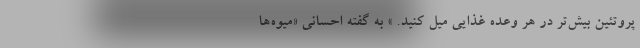
پروتئین بیش‌تر در هر وعده غذایی میل کنید. » به گفته احسانی «میوه‌ها